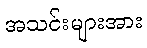
အသင်းများအား